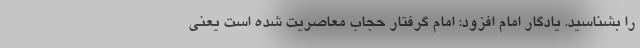
را بشناسید. یادگار امام افزود: امام گرفتار حجاب معاصریت شده است یعنی